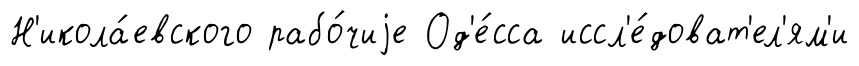
Н'икола́евского рабо́чиjе Од'е́сса иссл'е́доват'ел'ям'и